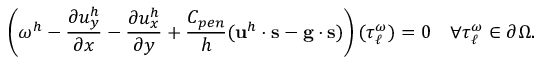
\left( \omega ^ { h } - \frac { \partial u _ { y } ^ { h } } { \partial x } - \frac { \partial u _ { x } ^ { h } } { \partial y } + \frac { C _ { p e n } } { h } ( \mathbf { u } ^ { h } \cdot \mathbf { s } - \mathbf { g } \cdot \mathbf { s } ) \right) ( \boldsymbol { \tau } _ { \ell } ^ { \omega } ) = 0 \quad \forall \boldsymbol { \tau } _ { \ell } ^ { \omega } \in \partial \Omega .